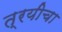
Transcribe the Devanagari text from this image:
त्रयीचा